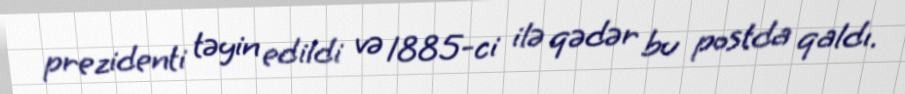
prezidenti təyin edildi və 1885-ci ilə qədər bu postda qaldı.